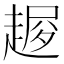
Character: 𧼜